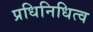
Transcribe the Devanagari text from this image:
प्रधिनिधित्व